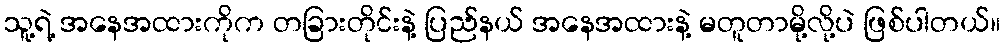
သူ့ရဲ့ အနေအထားကိုက တခြားတိုင်းနဲ့ ပြည်နယ် အနေအထားနဲ့ မတူတာမို့လို့ပဲ ဖြစ်ပါတယ်။